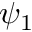
\psi _ { 1 }